Report of the veterinary officer investigating camel disease
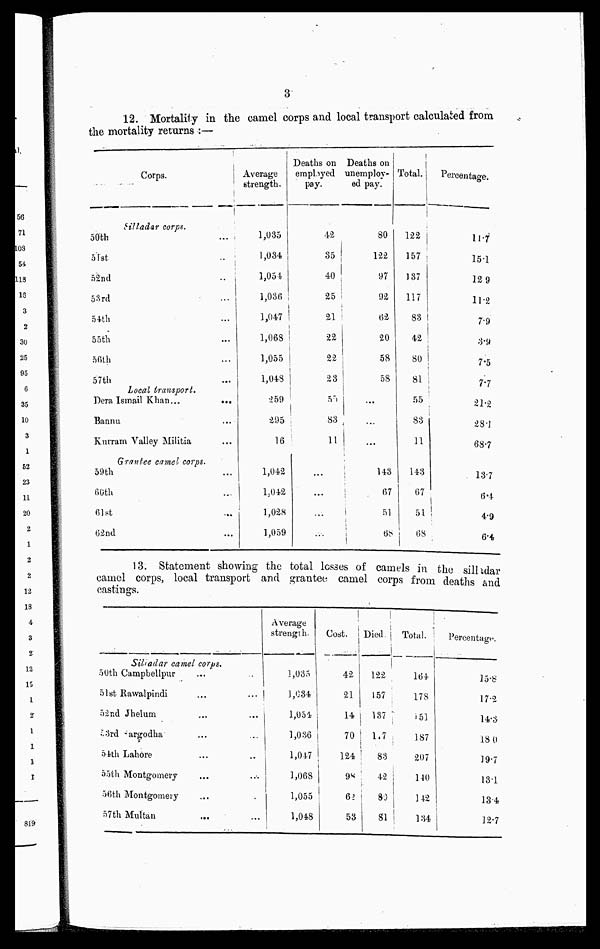
3
12. Mortality in the camel corps and local transport calculated from
the mortality returns :—
Corps.
Silladar corps.
50th
51st
52nd
53rd
54th
55th
56th
57th
Local transport.
Dera Ismail Khan...
...
Bannu
...
Kuvram Valley Militia
Grantee camel corps.
59 th
60th
61st
62nd
Average
strength.
1,035
1,034
1,054
1,036
1,047
1,068
1,055
1,043
259
295
16
1,042
1 ; 042
1,028
1,059
Deaths on
employed
pay.
42
35
40
25
21
22
22
23
55
83
11
...
...
...
...
Deaths on
unemploy-
ed pay.
80
122
97
92
62
20
58
58
...
...
...
143
67
51
68
Total.
122
157
137
117
83
42
80
81
55
83
11
143
67
51
68
Percentage.
11.7
15.1
12 9
11.2
7.9
3.9
7.5
7.7
21.2
28.1
68.7
13.7
6.4
4.9
6.4
13. Statement showing the total losses of carnels in the silhdar
camel corps, local transport and grantee camel corps from deaths and
castings.
Siliadar camel corps.
50th Camphellpur
...
..
51 st Rawalpindi
52nd Jhelum
33rd argodha
54th Lahore
55th Montgomery
56th Montgomery
57th Multan
Average
strength.
1,035
1,034
1,054
1,036
1,047
1,068
1,055
1,048
Cost.
42
21
14
70
124
98
62
53
Died
122
157
137
1.7
83
42
80
81
Total.
164
178
150
187
207
140
142
134
Percentage.
15.8
17.2
14.3
18.0
19.7
13.1
13.4
12.7